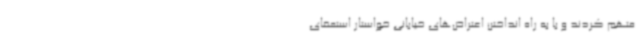
متهم کردند و با به راه انداختن اعتراض‌های خیابانی خواستار استعفای